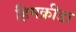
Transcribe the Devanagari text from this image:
हिमक्रीडा